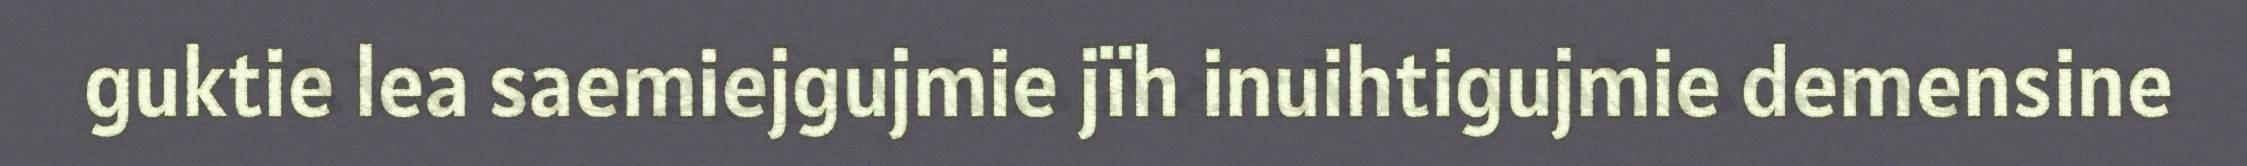
guktie lea saemiejgujmie jïh inuihtigujmie demensine